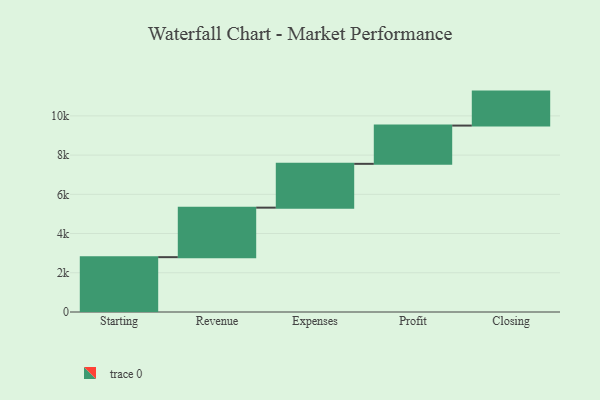
{"axis": {"x": "Step", "y": "Value"}, "legend": [""], "data": [{"x": "Starting", "y": 2796.0, "type": ""}, {"x": "Revenue", "y": 2524.0, "type": ""}, {"x": "Expenses", "y": 2234.0, "type": ""}, {"x": "Profit", "y": 1951.0, "type": ""}, {"x": "Closing", "y": 1732.0, "type": ""}]}